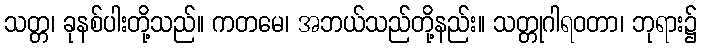
သတ္တ၊ ခုနစ်ပါးတို့သည်။ ကတမေ၊ အဘယ်သည်တို့နည်း။ သတ္တုဂါရဝတာ၊ ဘုရား၌